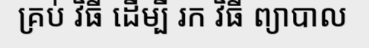
គ្រប់ វិធី ដើម្បី រក វិធី ព្យាបាល